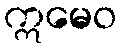
ဣမေဝ